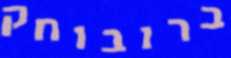
ברובוחק